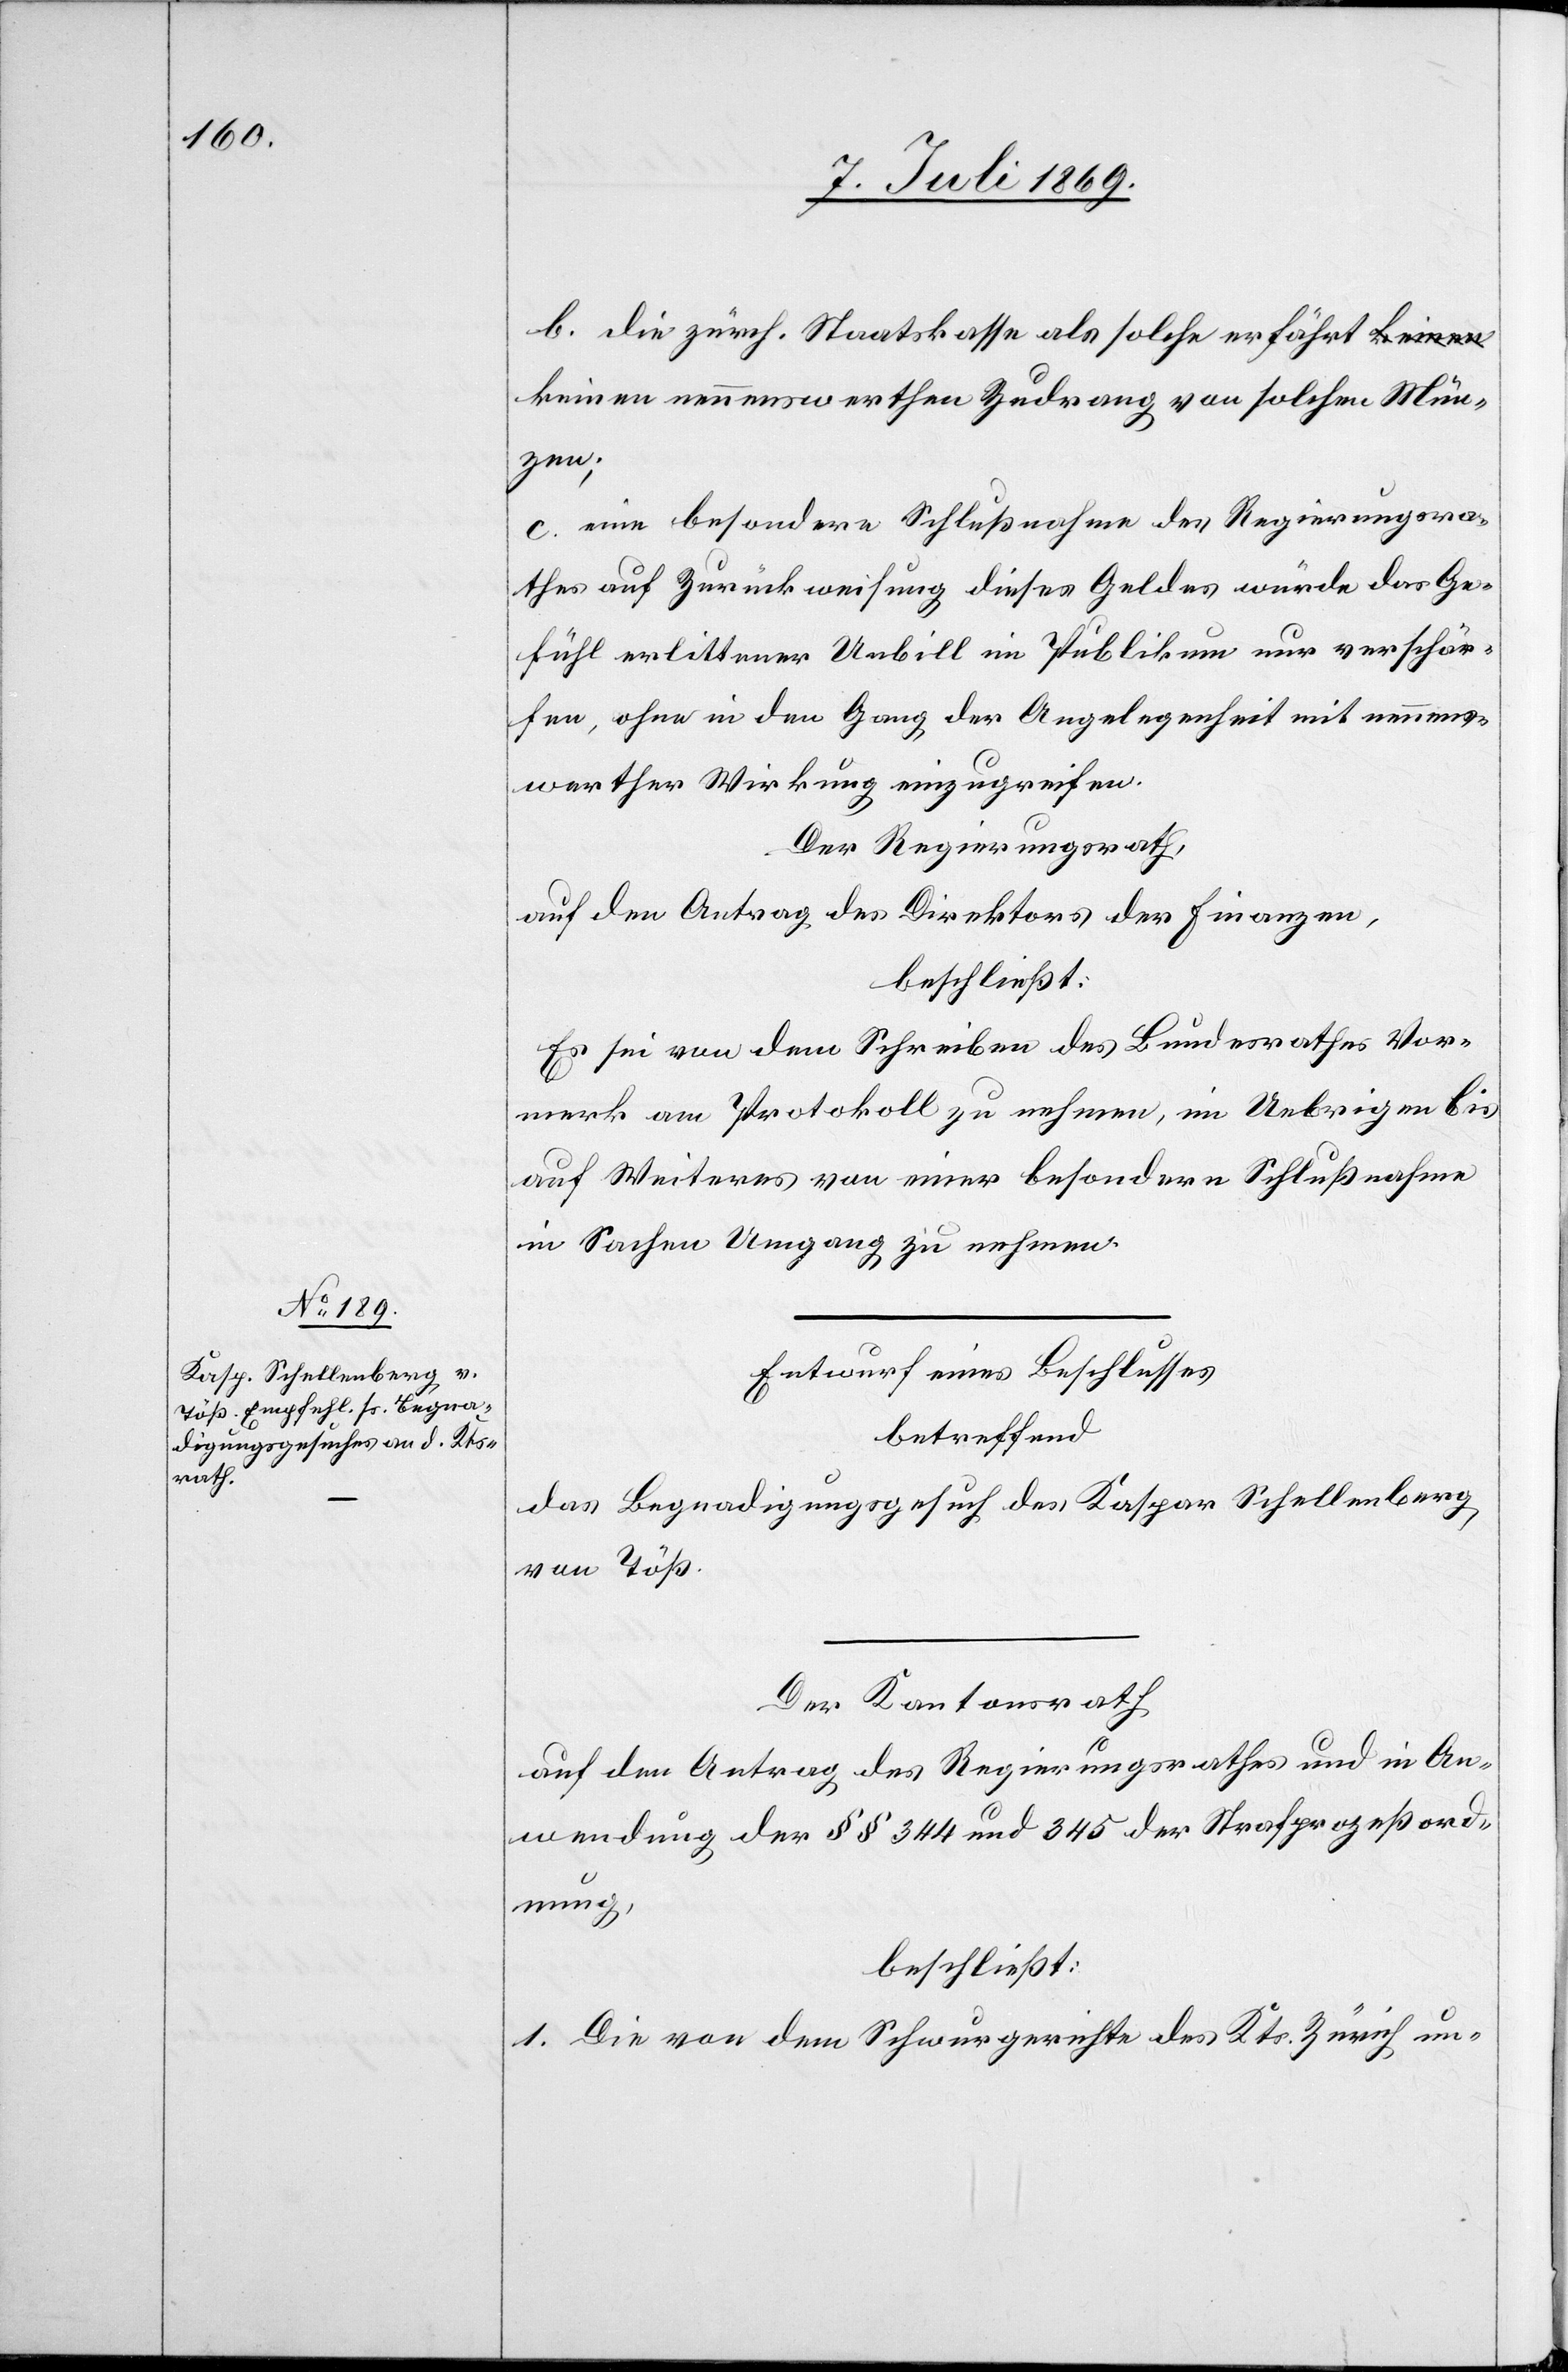
b. die zürch. Staatskasse als solche erfährt keinen
nennenswerthen Zudrang von solchen Mün¬
zen;
c. eine besondere Schlußnahme des Regierungsra¬
thes auf Zurückweisung dieses Geldes würde das Ge¬
fühl erlittener Unbill im Publikum nur verschär¬
fen, ohne in den Gang der Angelegenheit mit nennens¬
werther Wirkung einzugreifen.
Der Regierungsrath,
auf den Antrag des Direktion der Finanzen,
beschließt:
Es sei von dem Schreiben des Bundesrathes Vor¬
merk am Protokoll zu nehmen, im Uebrigen bis
auf Weiteres von einer besondern Schlußnahme
in Sachen Umgang zu nehmen.
Entwurf eines Beschlusses
betreffend
das Begnadigungsgesuch des Kaspar Schellenberg,
von Töß.
Der Kantonsrath
auf den Antrag des Regierungsrathes und in An¬
wendung der §§ 344 und 345 der Strafprozeßord¬
nung,
beschließt:
1. Die von dem Schwurgerichte des Kts. Zürich un-